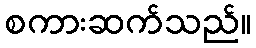
စကားဆက်သည်။